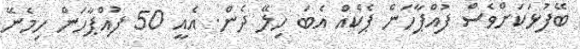
ބޭފުޅަކަށްވެސް ފުއްޕާހަން ޕެކެއް އެބަ ހިލޭ ދެން. އެއީ 50 ފުއްޕާހަން ހިމެނޭ